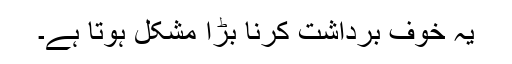
یہ خوف برداشت کرنا بڑا مشکل ہوتا ہے۔